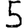
Digit: 5